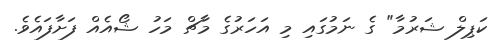
ކަޕިލް ޝަރުމާ" ގެ ނަމުގައި މި އަހަރުގެ މާޗް މަހު ޝޯއެއް ފަށާފައެވެ.